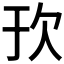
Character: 𬅞